On kala azar, malaria and malarial cachexia - Number 19
Disease focus: Malaria
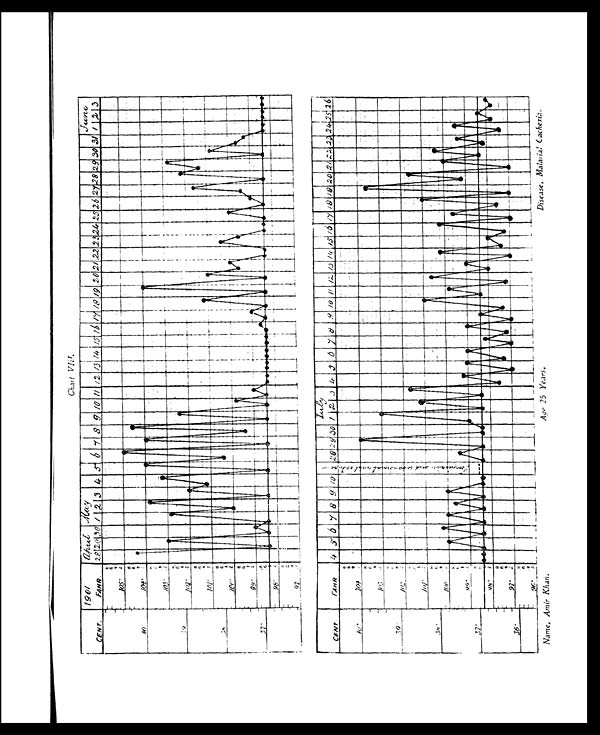
Chart VIII.
Name, Amir Khan.
Age 25 Years.
Disease, Malarial Cachexia.